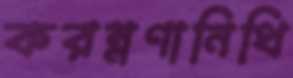
করম্নণানিধি